system: You are a helpful assistant.
user:
Analyze the provided spectrum to determine if it is a **S-type Star**.

- **Key Indicators for S-type Star:**

    - **(Overall Spectrum Shape):** The first and most obvious characteristic is the overall continuum (the "baseline" shape). It is **extremely "red-sloping,"** meaning the flux (light intensity) is very low on the left side (blue, ~4000-4500 Å) and rises steeply and continuously toward the right side (red, ~7000 Å+).

    - **(Primary):** The spectrum is defined by the presence of strong, broad molecular absorption "valleys" (bands) from **Zirconium Oxide (ZrO)**. The identification of these bands is the **primary requirement** for classifying a star as S-type.
        - **(Key Bandheads):** You must find distinct, deep "dips" where the light has been absorbed. The most critical band systems to locate are:
            - **~6474 Å** ($\gamma$-system): This is often the strongest and clearest ZrO feature, found in the red part of the spectrum.
            - **~5718 Å** & **~5551 Å** ($\beta$-system): A pair of prominent absorption features in the yellow-orange part of the spectrum.
            - **~4640 Å** ($\alpha$-system): A key absorption band system in the blue-green region of the spectrum.

    - **(Secondary Confirmation):** The classification is strengthened by finding additional absorption bands from other related heavy element oxides, which are expected to be present alongside ZrO.
        - **(Key Bandheads):**
            - **Yttrium Oxide (YO):** Look for absorption dips near **~4800 Å** and **~6100 Å**.
            - **Lanthanum Oxide (LaO):** Additional absorption features, particularly in the red-orange part of the spectrum, are also characteristic.

    - **(Line Profile):** The combination of the steep red continuum and these numerous, deep molecular bands (ZrO, YO, etc.) gives the entire spectrum a very **"chopped-up"** or **"bumpy"** appearance. Instead of a smooth curve, the spectrum looks as though large, wide chunks of light have been "carved out" of it at the specific wavelengths listed above.

Think first, call **spectral_visualization_tool** if needed to examine features in detail, then provide your final answer. Your response must adhere to the following strict rules:
1.  **Overall Structure:** Your response must follow the format `<think>...</think> <tool_call>...</tool_call> (if a tool is used) <answer>...</answer>`.
2.  **Tool Usage Constraint:** You may only make **one** tool call per turn.
3.  **Final Answer Format:** In the `<answer>` tag, your conclusion must be inside a `\boxed{}` command (e.g., `\boxed{YES}` or `\boxed{NO}`), followed by your justification.

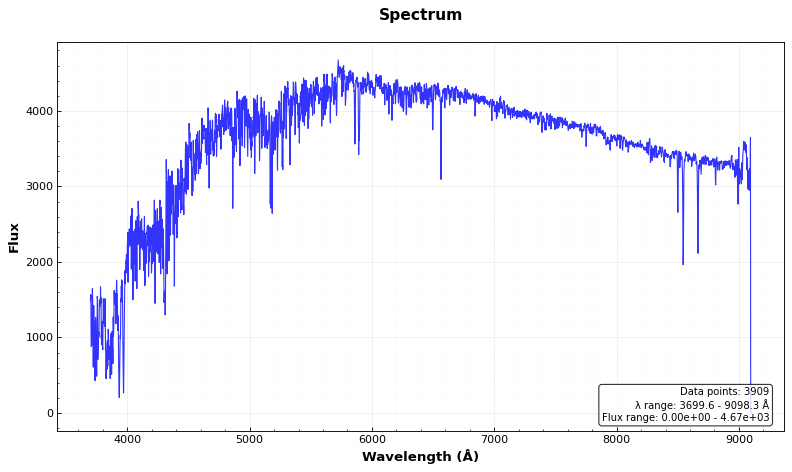
Answer: NO